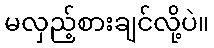
မလှည့်စားချင်လို့ပဲ။